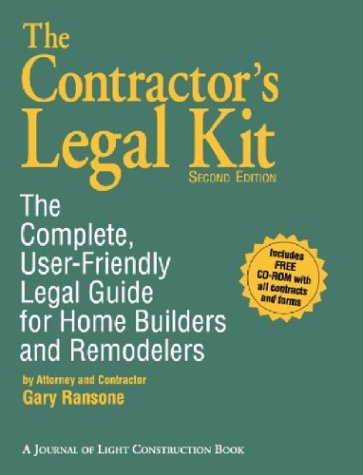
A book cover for The Contractor's Legal Kit: The Complete User-Friendly Legal Guide for Home Builders and Remodelers; Gary Ransone; Law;